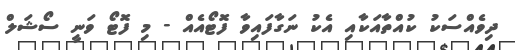
ދިވެއްސަކު ކުއްތާއަކާއި އެކު ނަގާފައިވާ ފޮޓޯއެއް - މި ފޮޓޯ ވަނީ ސޯޝަލް